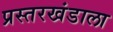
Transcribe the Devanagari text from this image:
प्रस्तरखंडाला